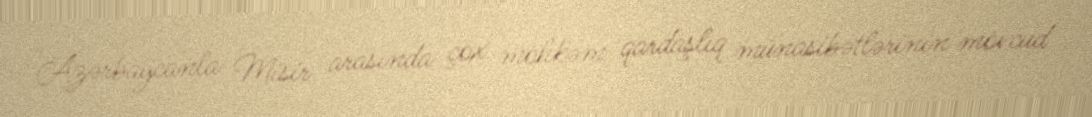
Azərbaycanla Misir arasında çox möhkəm qardaşlıq münasibətlərinin mövcud